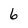
Character: 6